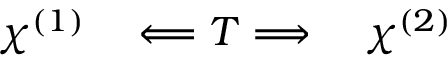
\chi ^ { ( 1 ) } \quad \Longleftarrow T \Longrightarrow \quad \chi ^ { ( 2 ) }